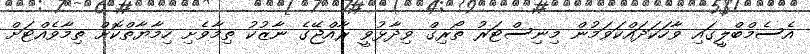
އެސެމްބްލީގައި ވާހަކަދައްކަވަމުން މިނިސްޓަރު ތޯރިގް ވިދާޅުވީ ރާއްޖޭގެ ނާޒުކު ތިމާވެށި ހިމާޔާތްކޮށް ތިމާވެއްޓަށް